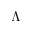
\Lambda